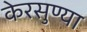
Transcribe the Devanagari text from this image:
केरसुण्या